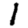
Digit: 1